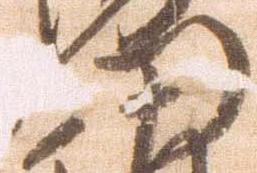
門